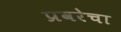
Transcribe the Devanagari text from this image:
प्रवरेचा